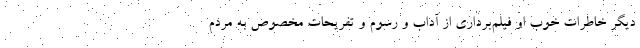
دیگر خاطرات خوب او فیلم‌برداری از آداب و رسوم و تفریحات مخصوص به مردم